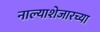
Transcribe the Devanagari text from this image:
नाल्याशेजारच्या